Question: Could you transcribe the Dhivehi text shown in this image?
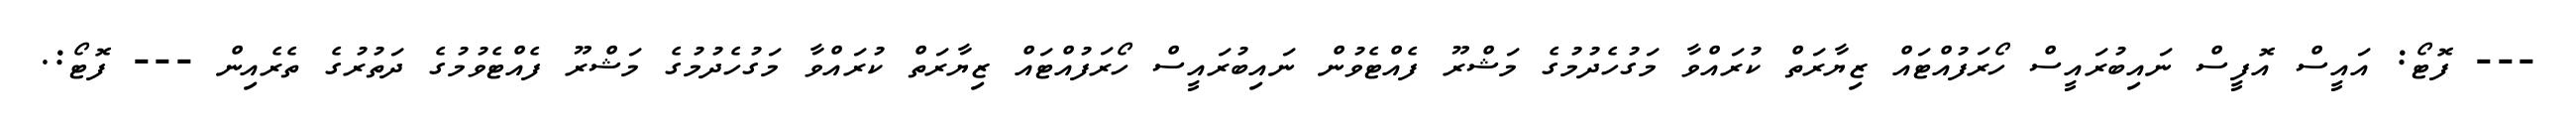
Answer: --- ފޮޓޯ: އައީސް އޮފީސް ނައިބުރައީސް ހޯރަފުއްޓައް ޒިޔާރަތް ކުރައްވާ މަގުހެދުމުގެ މަޝްރޫ ފެއްޓެވުން ނައިބުރައީސް ހޯރަފުއްޓައް ޒިޔާރަތް ކުރައްވާ މަގުހެދުމުގެ މަޝްރޫ ފެއްޓެވުމުގެ ދަތުރުގެ ތެރެއިން --- ފޮޓޯ:.